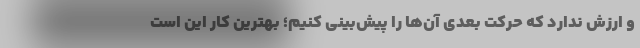
و ارزش ندارد که حرکت بعدی آن‌ها را پیش‌بینی کنیم؛ بهترین کار این است